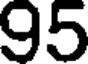
95